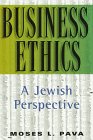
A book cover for Business Ethics: A Jewish Perspective (Library of Jewish Law and Ethics); Moses L. Pava; Religion & Spirituality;